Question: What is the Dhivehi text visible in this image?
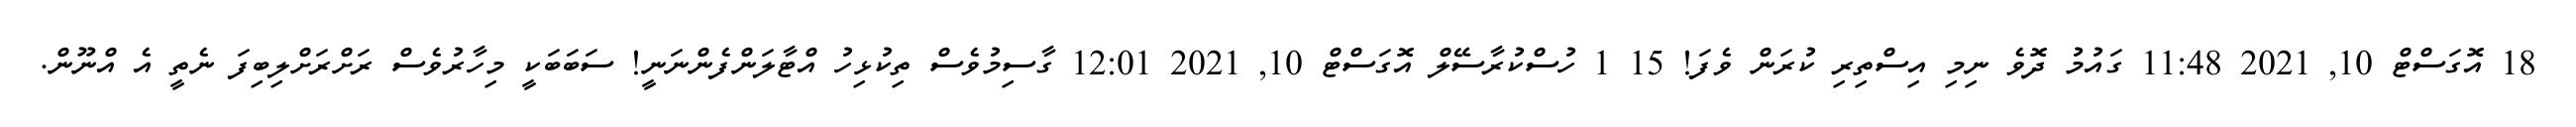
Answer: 18 އޮގަސްޓް 10, 2021 11:48 ގައުމު ދޮވެ ނިމި އިސްތިރި ކުރަން ވެފަ! 15 1 ހުސްކުރާސޭލް އޮގަސްޓް 10, 2021 12:01 ގާސިމުވެސް ތިކުޅިހު އްޓާލަންފެންނަނީ! ސަބަބަކީ މިހާރުވެސް ރަށްރަށްލިބިފަ ނެތީ އެ އްނޫން.